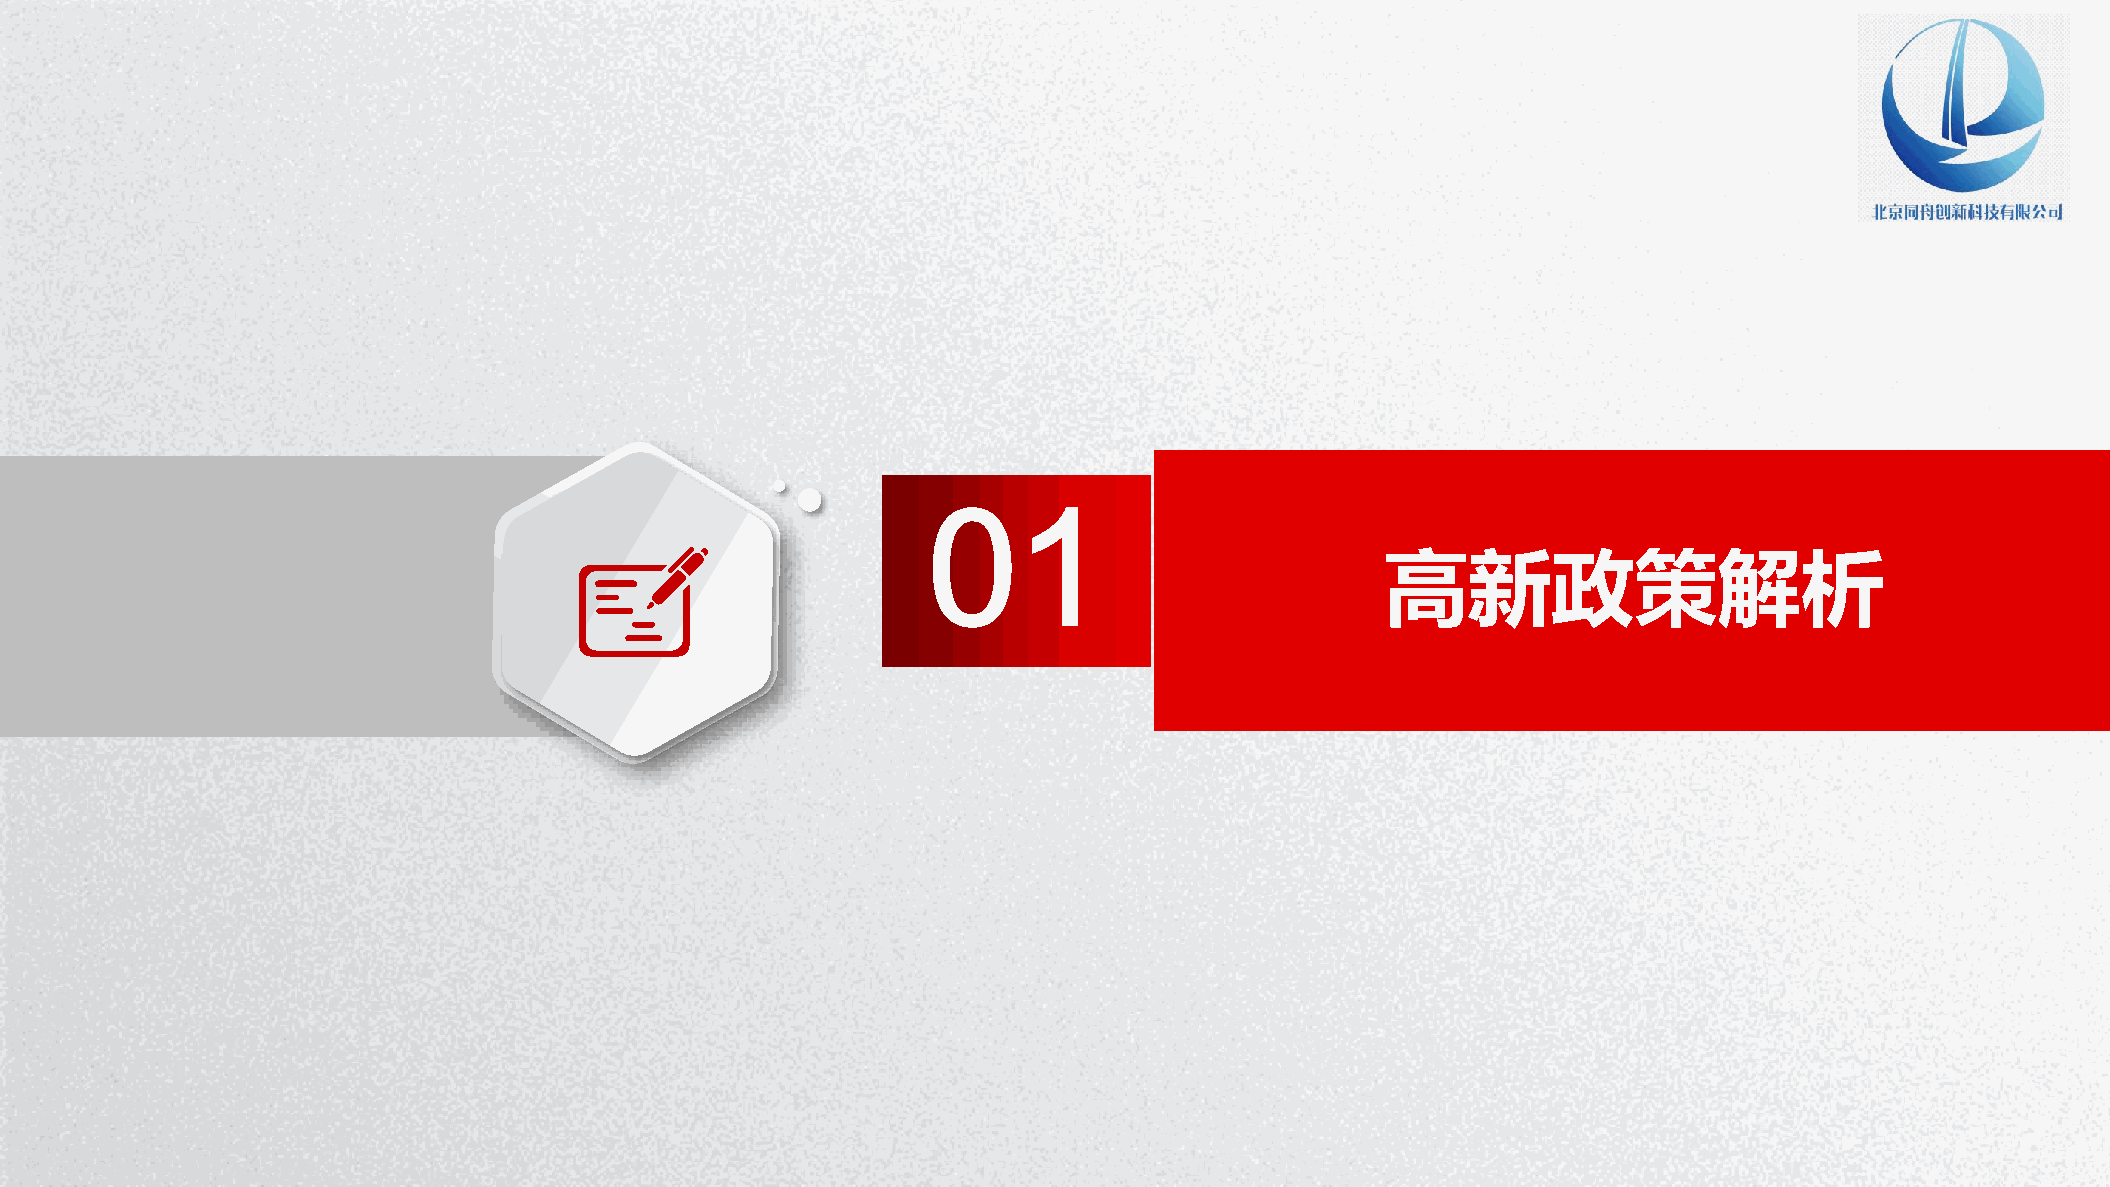
01
 高新政策解析
 P节P优W资范教字PPo日秀料文案体TTr模背d下下下下PP教板景PP载载载载TT程下模图下：：：：：载板片载wwww：：：： wwwwwwwwwwwwww....wwwww1111.ppppwwww1pppp....ptttt1111p....ppppcccctoooopppp.cmmmmtttto....ccccm////oooozfjziammmmi i/ al tnwioia//// /waomjbxoii ne ere /ao dr n/izjb i /ia //n a i /gn / / 行 PP P PEPP 试P业 PxTTT cT图教 卷e素P 课lP 教下表程材T 件模 程下： 载下 下板 ：载 ：载w载： w： ww： ：www www wwww .ww1.w.w p1w 1wppw. p.1.tpp1 .1.p t1p tcp .p o .ppcp ct mopot.t.mtc. m/c .ocopco /m /omoem smxw h/// ch it /e ts eau kiurl/nb e/pc g jiaoa iy ai io/ ne n// t/ /